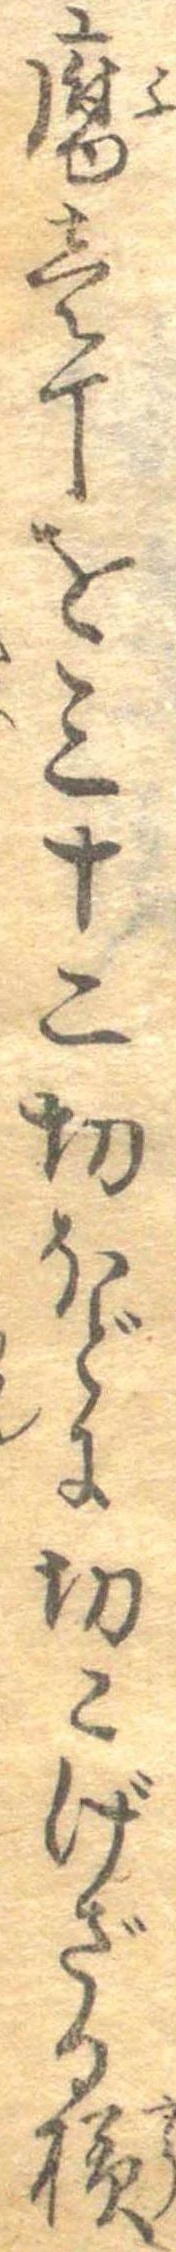
腐壱丁を三十二切ほとに切こげざる様